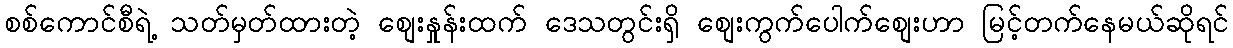
စစ်ကောင်စီရဲ့ သတ်မှတ်ထားတဲ့ စျေးနှုန်းထက် ဒေသတွင်းရှိ စျေးကွက်ပေါက်စျေးဟာ မြင့်တက်နေမယ်ဆိုရင်